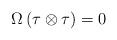
LaTeX: \begin{align*}\Omega\, (\tau \otimes \tau)=0\end{align*}